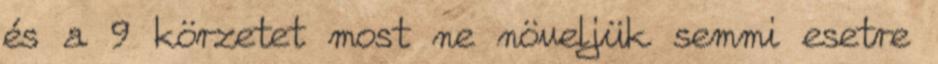
és a 9 körzetet most ne növeljük semmi esetre